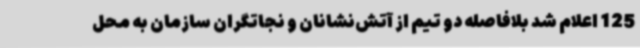
125 اعلام شد بلافاصله دو تیم از آتش‌نشانان و نجاتگران سازمان به محل